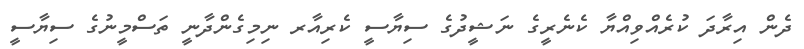
ދެން އިރާދަ ކުރެއްވިއްޔާ ކެނެރީގެ ނަޝީދުގެ ސިޔާސީ ކެރިއާރ ނިމިގެންދާނީ ތަސްމީނުގެ ސިޔާސީ